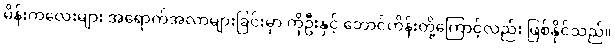
မိန်းကလေးများ အရောက်အလာများခြင်းမှာ ကိုဦးနှင့် ဘောင်ဟိန်းတို့ကြောင့်လည်း ဖြစ်နိုင်သည်။